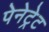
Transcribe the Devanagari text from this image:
पेनेट्रेट